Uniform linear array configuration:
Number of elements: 32
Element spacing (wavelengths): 0.5
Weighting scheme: binomial
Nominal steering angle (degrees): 0
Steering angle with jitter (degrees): -0.6663
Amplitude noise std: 0.05
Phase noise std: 0.05

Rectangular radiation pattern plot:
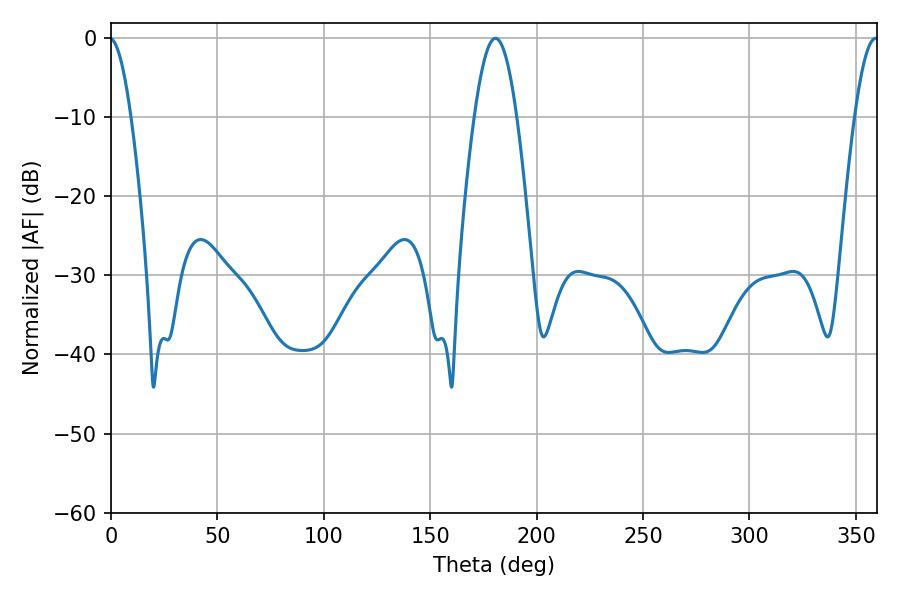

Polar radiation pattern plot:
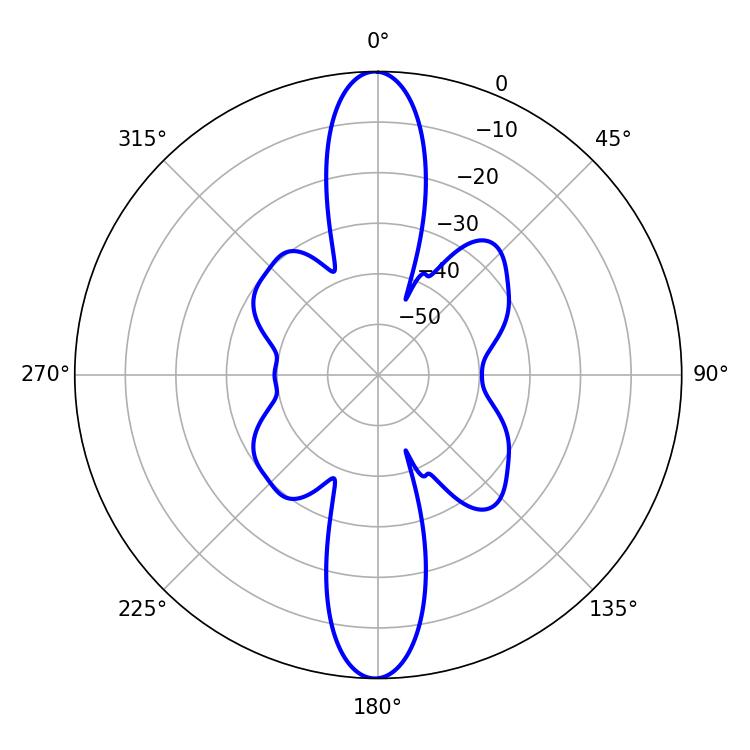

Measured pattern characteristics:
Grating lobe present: FALSE
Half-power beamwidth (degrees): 6.12
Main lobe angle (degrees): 359.28